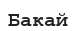
Бакай